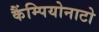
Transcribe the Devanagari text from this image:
कैंम्पियोनाटो